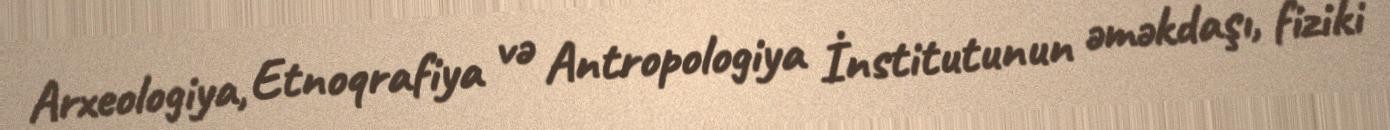
Arxeologiya, Etnoqrafiya və Antropologiya İnstitutunun əməkdaşı, fiziki